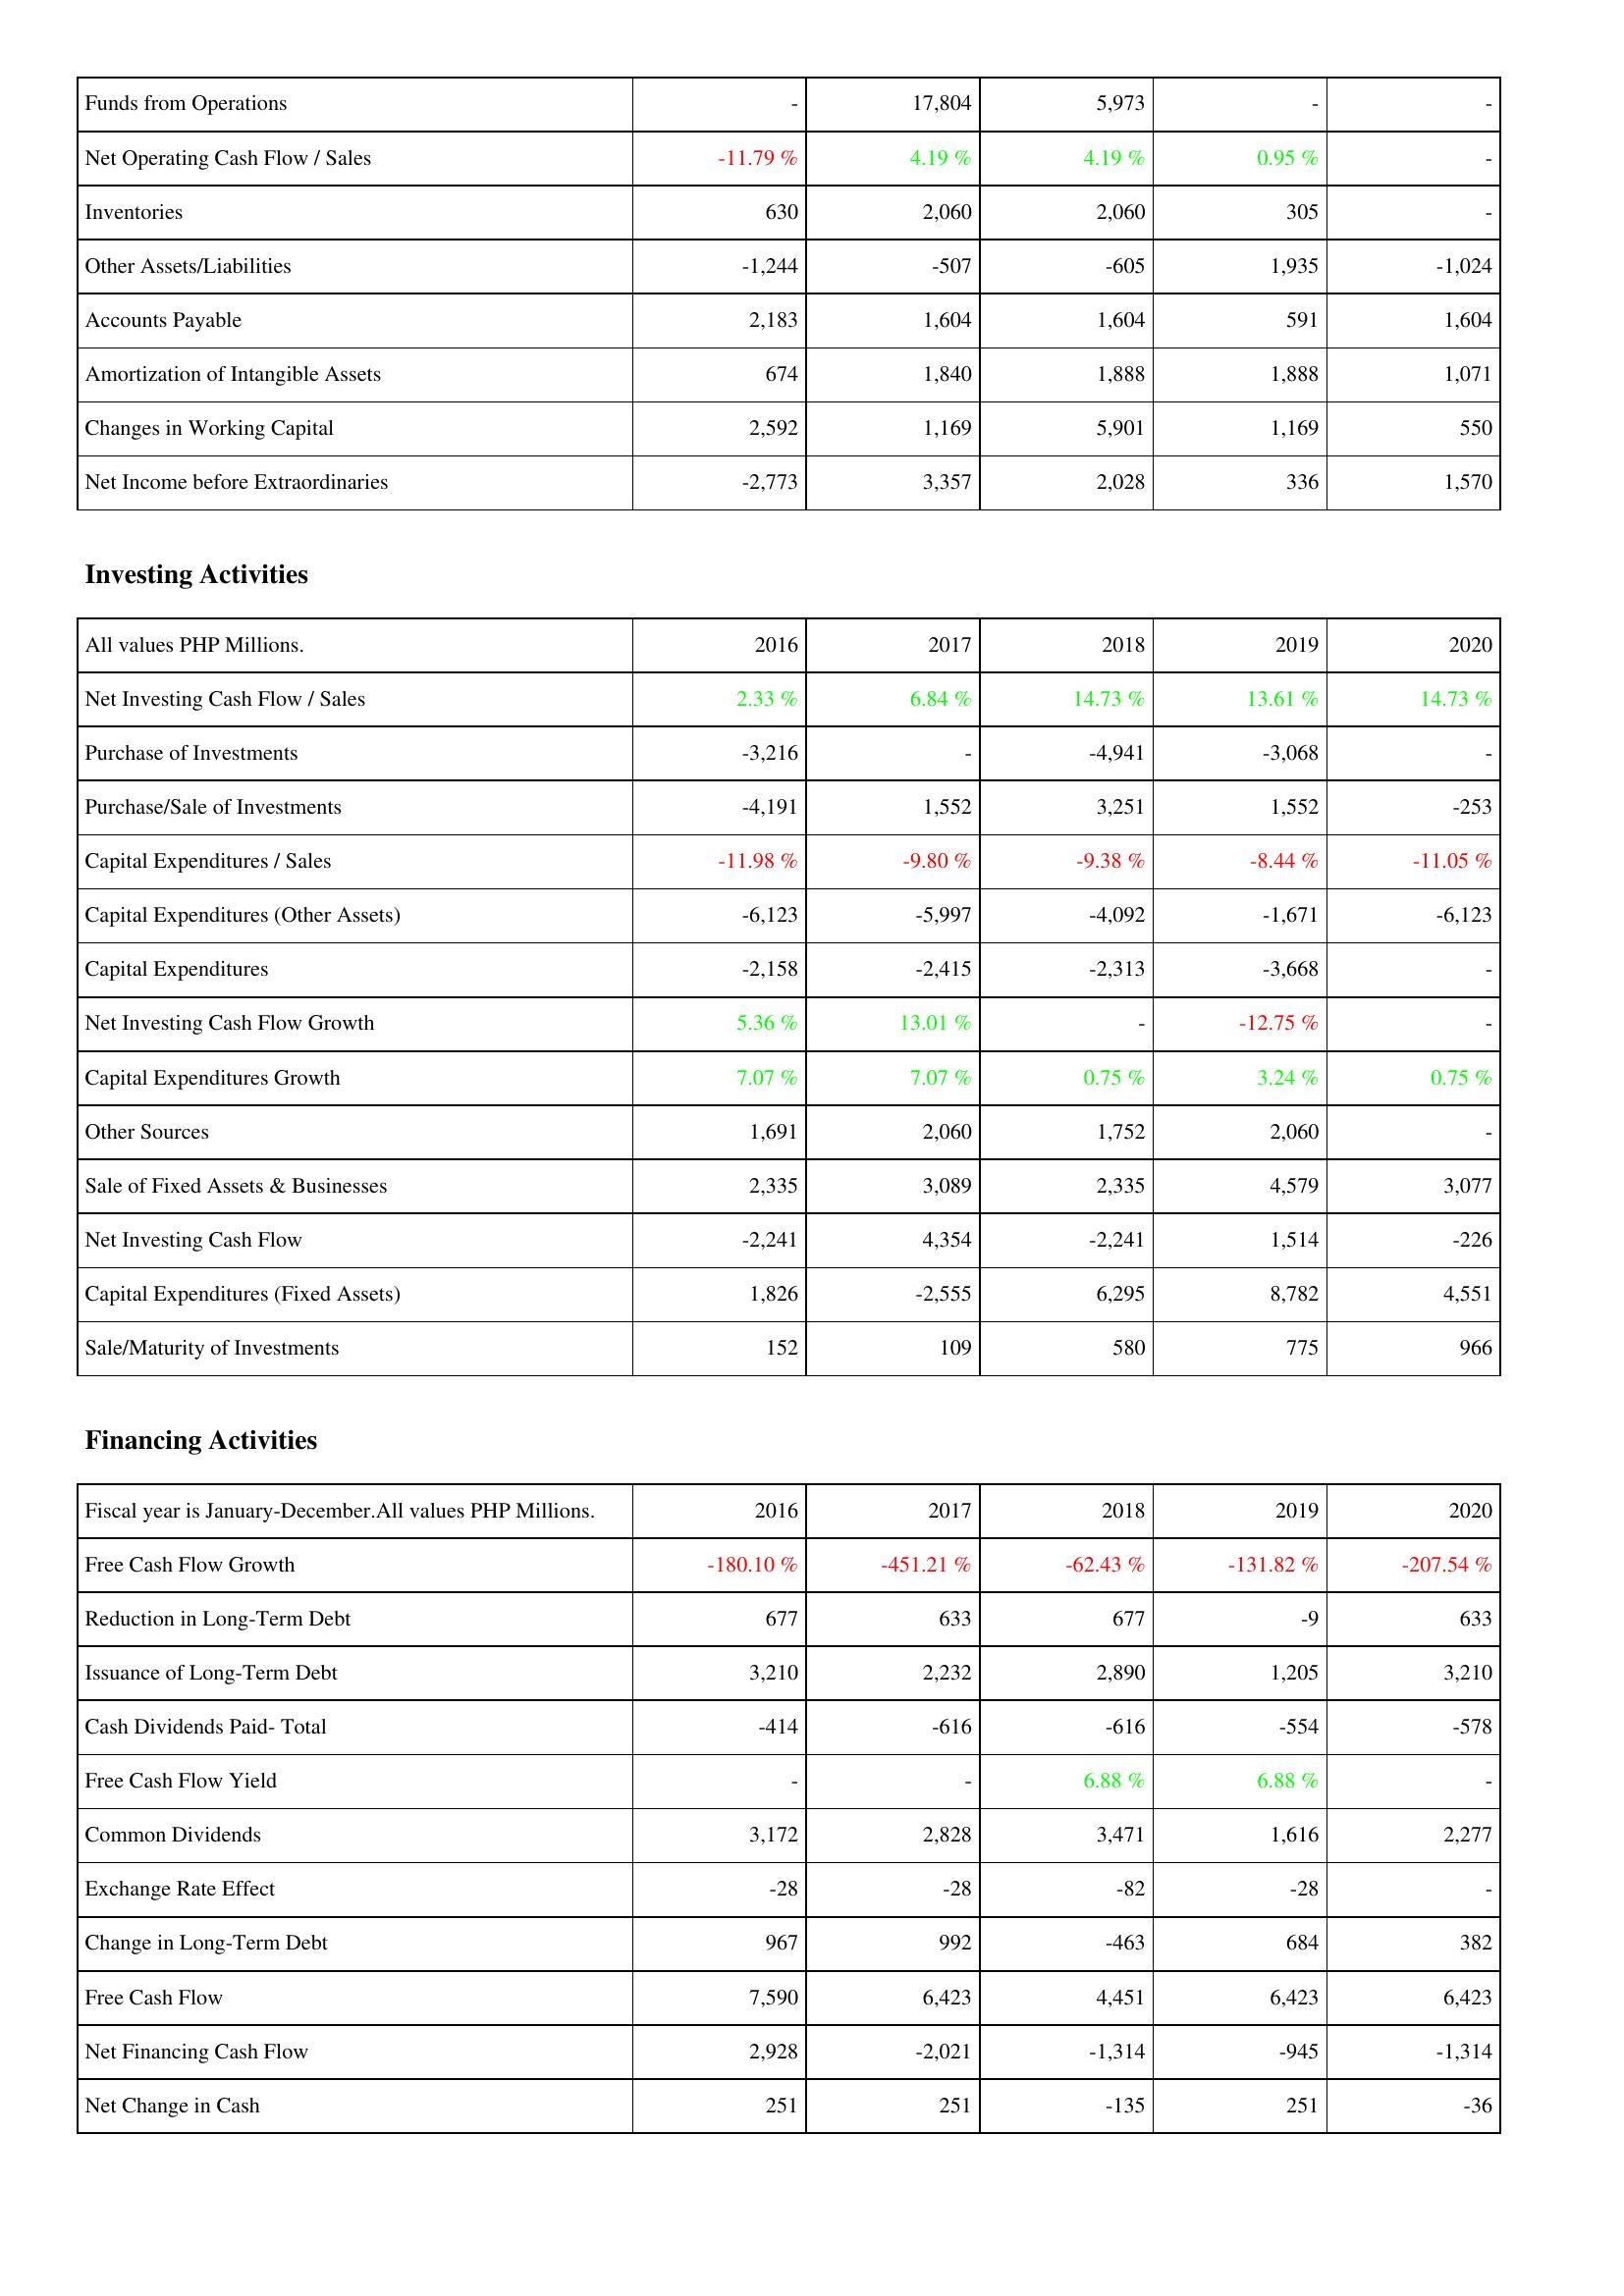
2016: Operating Activities: Funds from Operations: -
Net Operating Cash Flow / Sales: -11.79 %
Inventories: 630
Other Assets/Liabilities: -1,244
Accounts Payable: 2,183
Amortization of Intangible Assets: 674
Changes in Working Capital: 2,592
Net Income before Extraordinaries: -2,773
Investing Activities: Net Investing Cash Flow / Sales: 2.33 %
Purchase of Investments: -3,216
Purchase/Sale of Investments: -4,191
Capital Expenditures / Sales: -11.98 %
Capital Expenditures (Other Assets): -6,123
Capital Expenditures: -2,158
Net Investing Cash Flow Growth: 5.36 %
Capital Expenditures Growth: 7.07 %
Other Sources: 1,691
Sale of Fixed Assets & Businesses: 2,335
Net Investing Cash Flow: -2,241
Capital Expenditures (Fixed Assets): 1,826
Sale/Maturity of Investments: 152
Financing Activities: Free Cash Flow Growth: -180.10 %
Reduction in Long-Term Debt: 677
Issuance of Long-Term Debt: 3,210
Cash Dividends Paid- Total: -414
Free Cash Flow Yield: -
Common Dividends: 3,172
Exchange Rate Effect: -28
Change in Long-Term Debt: 967
Free Cash Flow: 7,590
Net Financing Cash Flow: 2,928
Net Change in Cash: 251
2017: Operating Activities: Funds from Operations: 17,804
Net Operating Cash Flow / Sales: 4.19 %
Inventories: 2,060
Other Assets/Liabilities: -507
Accounts Payable: 1,604
Amortization of Intangible Assets: 1,840
Changes in Working Capital: 1,169
Net Income before Extraordinaries: 3,357
Investing Activities: Net Investing Cash Flow / Sales: 6.84 %
Purchase of Investments: -
Purchase/Sale of Investments: 1,552
Capital Expenditures / Sales: -9.80 %
Capital Expenditures (Other Assets): -5,997
Capital Expenditures: -2,415
Net Investing Cash Flow Growth: 13.01 %
Capital Expenditures Growth: 7.07 %
Other Sources: 2,060
Sale of Fixed Assets & Businesses: 3,089
Net Investing Cash Flow: 4,354
Capital Expenditures (Fixed Assets): -2,555
Sale/Maturity of Investments: 109
Financing Activities: Free Cash Flow Growth: -451.21 %
Reduction in Long-Term Debt: 633
Issuance of Long-Term Debt: 2,232
Cash Dividends Paid- Total: -616
Free Cash Flow Yield: -
Common Dividends: 2,828
Exchange Rate Effect: -28
Change in Long-Term Debt: 992
Free Cash Flow: 6,423
Net Financing Cash Flow: -2,021
Net Change in Cash: 251
2018: Operating Activities: Funds from Operations: 5,973
Net Operating Cash Flow / Sales: 4.19 %
Inventories: 2,060
Other Assets/Liabilities: -605
Accounts Payable: 1,604
Amortization of Intangible Assets: 1,888
Changes in Working Capital: 5,901
Net Income before Extraordinaries: 2,028
Investing Activities: Net Investing Cash Flow / Sales: 14.73 %
Purchase of Investments: -4,941
Purchase/Sale of Investments: 3,251
Capital Expenditures / Sales: -9.38 %
Capital Expenditures (Other Assets): -4,092
Capital Expenditures: -2,313
Net Investing Cash Flow Growth: -
Capital Expenditures Growth: 0.75 %
Other Sources: 1,752
Sale of Fixed Assets & Businesses: 2,335
Net Investing Cash Flow: -2,241
Capital Expenditures (Fixed Assets): 6,295
Sale/Maturity of Investments: 580
Financing Activities: Free Cash Flow Growth: -62.43 %
Reduction in Long-Term Debt: 677
Issuance of Long-Term Debt: 2,890
Cash Dividends Paid- Total: -616
Free Cash Flow Yield: 6.88 %
Common Dividends: 3,471
Exchange Rate Effect: -82
Change in Long-Term Debt: -463
Free Cash Flow: 4,451
Net Financing Cash Flow: -1,314
Net Change in Cash: -135
2019: Operating Activities: Funds from Operations: -
Net Operating Cash Flow / Sales: 0.95 %
Inventories: 305
Other Assets/Liabilities: 1,935
Accounts Payable: 591
Amortization of Intangible Assets: 1,888
Changes in Working Capital: 1,169
Net Income before Extraordinaries: 336
Investing Activities: Net Investing Cash Flow / Sales: 13.61 %
Purchase of Investments: -3,068
Purchase/Sale of Investments: 1,552
Capital Expenditures / Sales: -8.44 %
Capital Expenditures (Other Assets): -1,671
Capital Expenditures: -3,668
Net Investing Cash Flow Growth: -12.75 %
Capital Expenditures Growth: 3.24 %
Other Sources: 2,060
Sale of Fixed Assets & Businesses: 4,579
Net Investing Cash Flow: 1,514
Capital Expenditures (Fixed Assets): 8,782
Sale/Maturity of Investments: 775
Financing Activities: Free Cash Flow Growth: -131.82 %
Reduction in Long-Term Debt: -9
Issuance of Long-Term Debt: 1,205
Cash Dividends Paid- Total: -554
Free Cash Flow Yield: 6.88 %
Common Dividends: 1,616
Exchange Rate Effect: -28
Change in Long-Term Debt: 684
Free Cash Flow: 6,423
Net Financing Cash Flow: -945
Net Change in Cash: 251
2020: Operating Activities: Funds from Operations: -
Net Operating Cash Flow / Sales: -
Inventories: -
Other Assets/Liabilities: -1,024
Accounts Payable: 1,604
Amortization of Intangible Assets: 1,071
Changes in Working Capital: 550
Net Income before Extraordinaries: 1,570
Investing Activities: Net Investing Cash Flow / Sales: 14.73 %
Purchase of Investments: -
Purchase/Sale of Investments: -253
Capital Expenditures / Sales: -11.05 %
Capital Expenditures (Other Assets): -6,123
Capital Expenditures: -
Net Investing Cash Flow Growth: -
Capital Expenditures Growth: 0.75 %
Other Sources: -
Sale of Fixed Assets & Businesses: 3,077
Net Investing Cash Flow: -226
Capital Expenditures (Fixed Assets): 4,551
Sale/Maturity of Investments: 966
Financing Activities: Free Cash Flow Growth: -207.54 %
Reduction in Long-Term Debt: 633
Issuance of Long-Term Debt: 3,210
Cash Dividends Paid- Total: -578
Free Cash Flow Yield: -
Common Dividends: 2,277
Exchange Rate Effect: -
Change in Long-Term Debt: 382
Free Cash Flow: 6,423
Net Financing Cash Flow: -1,314
Net Change in Cash: -36